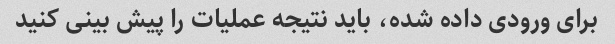
برای ورودی داده شده، باید نتیجه عملیات را پیش بینی کنید